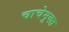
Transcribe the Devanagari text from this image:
चाचेमुक्त